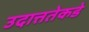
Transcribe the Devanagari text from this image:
उदात्ततेकडे